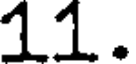
11.